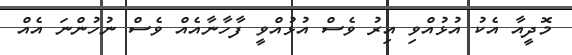
މޮދީއާ އެކު އުޅުއްވި އިރު ވެސް އުޅުއްވީ ފާހާނާއެއް ވެސް ނުހުންނަ އެއް